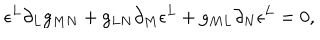
LaTeX: \epsilon ^ { L } \partial _ { L } g _ { M N } + g _ { L N } \partial _ { M } \epsilon ^ { L } + g _ { M L } \partial _ { N } \epsilon ^ { L } = 0 ,